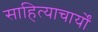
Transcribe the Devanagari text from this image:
साहित्याचार्यों